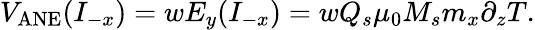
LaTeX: V_{\mathrm{ANE}}(I_{-x})=wE_{y}(I_{-x})=wQ_{s}\mu_{0}M_{s}m_{x}\partial_{z}T.